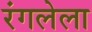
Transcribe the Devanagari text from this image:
रंगलेला